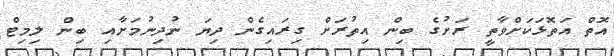
އޮތް އަތޮޅަކަށްވާތީ ރަށުގެ ބިން އިތުރަށް ގިރައިގެން ދިޔަ ނުދިނުމަށާއި ބިން ލިމިޓް